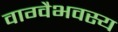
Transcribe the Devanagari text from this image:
वाग्वैभवस्य